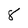
Character: 8